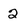
Character: 2